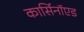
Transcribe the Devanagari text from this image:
कार्सिनॉएड